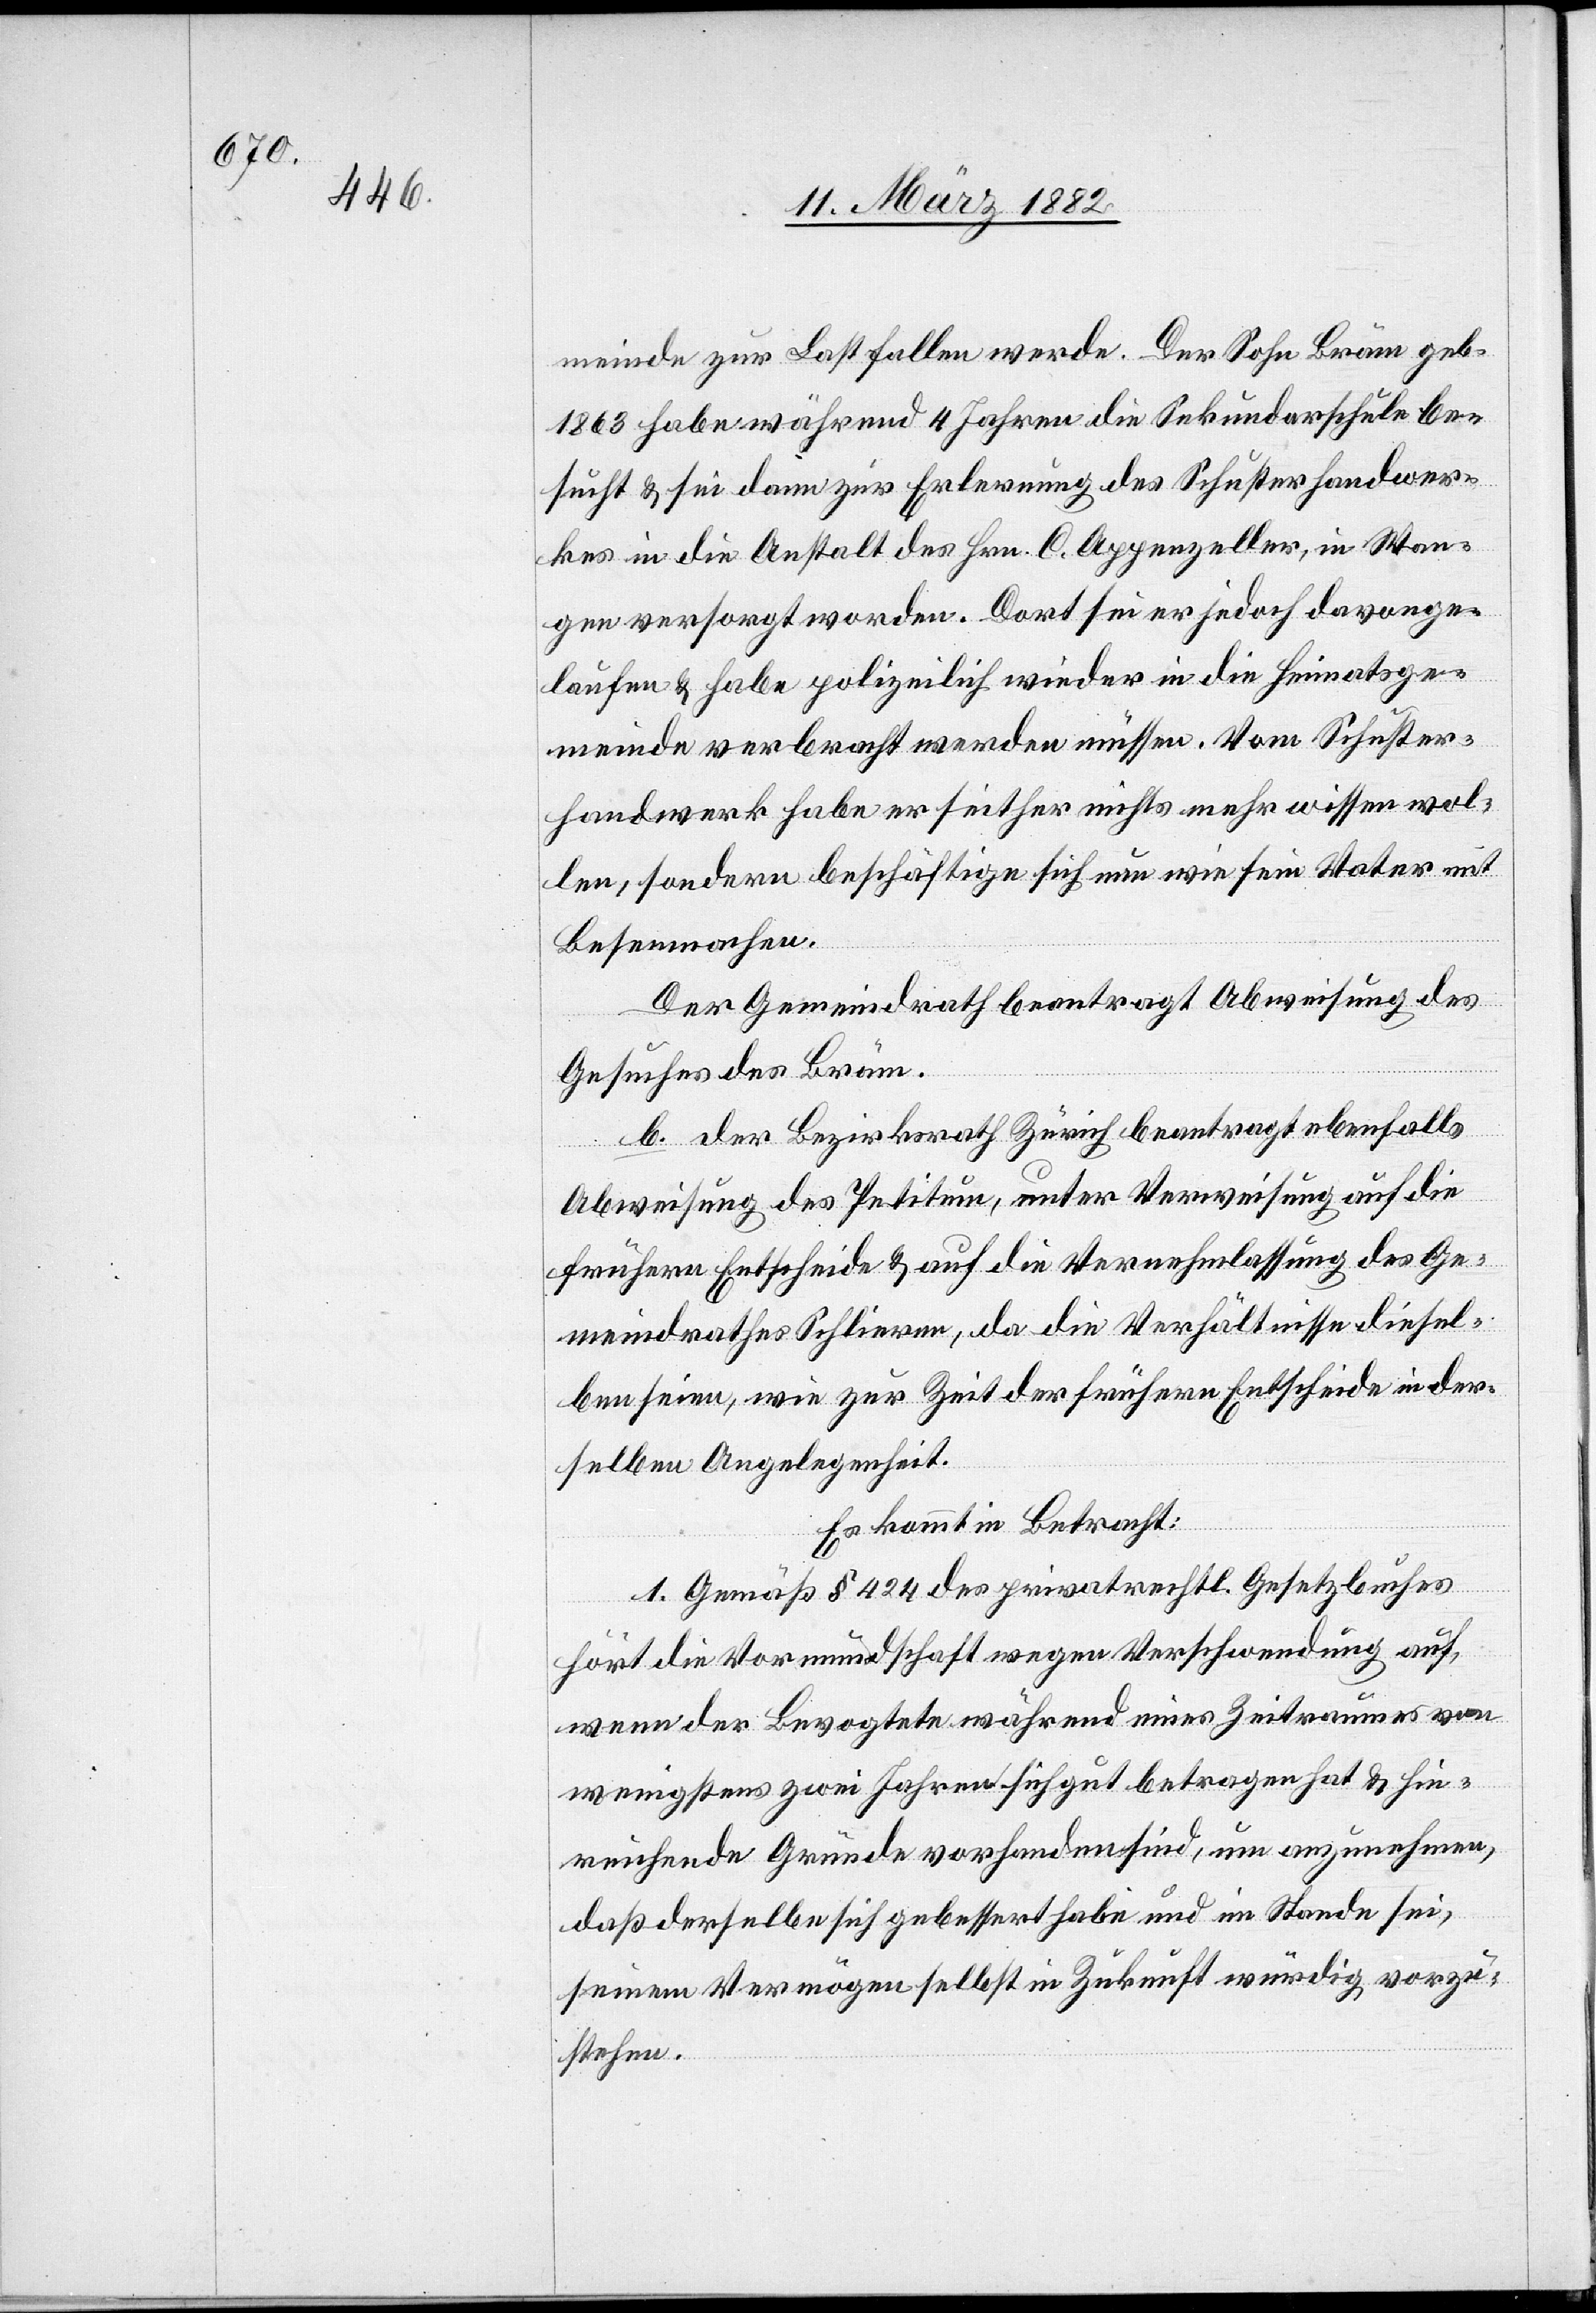
meinde zur Last fallen werde. Der Sohn Bräm geb.
1863 habe während 4 Jahren die Sekundarschule be¬
sucht & sei dann zur Erlernung des Schusterhandwer¬
kes in die Anstalt des Hrn. C. Appenzeller, in Wan¬
gen versorgt worden. Dort sei er jedoch davonge¬
laufen & habe polizeilich wieder in die Heimatsge¬
meinde verbracht werden müssen. Vom Schuster¬
handwerk habe er seither nichts mehr wissen wol¬
len, sondern beschäftige sich neu wie sein Vater mit
Besenmachen.
Der Gemeindrath beantragt Abweisung des
Gesuches des Bräm.
b. der Bezirksrath Zürich beantragt ebenfalls
Abweisung des Petitums, unter Verweisung auf die
frühern Entscheide & auf die Vernehmlassung des Ge¬
meindrathes Schlieren, da die Verhältnisse diesel¬
ben seien, wie zur Zeit der frühern Entscheide in der¬
selben Angelegenheit.
Es kommt in Betracht:
1. Gemäß § 424 des privatrechtl. Gesetzbuches
hört die Vormundschaft wegen Verschwendung auf,
wenn der Bevogtete während eines Zeitraumes von
wenigstens zwei Jahren sich gut betragen hat & hin¬
reichende Gründe vorhanden sind, um anzunehmen,
daß derselbe sich gebessert habe und im Stand sei,
seinem Vermögen selbst in Zukunft würdig vorzu¬
stehen.